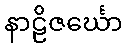
နာဠိဇင်္ဃော